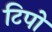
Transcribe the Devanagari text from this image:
टिपो